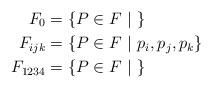
LaTeX: \begin{align*}F_{0} & = \{P\in F~|~\}\\F_{ijk} & = \{P\in F~|~p_{i},p_{j},p_{k}\}\\F_{1234} & = \{P\in F~|~\}\end{align*}